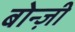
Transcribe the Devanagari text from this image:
बोन्ज़ी